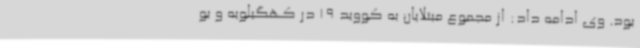
بود. وی ادامه داد: از مجموع مبتلایان به کووید 19 در کهگیلویه و بو